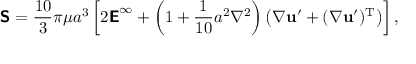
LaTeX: { \boldsymbol { \mathsf { S } } } = { \frac { 1 0 } { 3 } } \pi \mu a ^ { 3 } \left[ 2 { \boldsymbol { \mathsf { E } } } ^ { \infty } + \left( 1 + { \frac { 1 } { 1 0 } } a ^ { 2 } \nabla ^ { 2 } \right) \left( { \boldsymbol { \nabla } } \mathbf { u } ^ { \prime } + ( { \boldsymbol { \nabla } } \mathbf { u } ^ { \prime } ) ^ { \mathrm { T } } \right) \right] ,